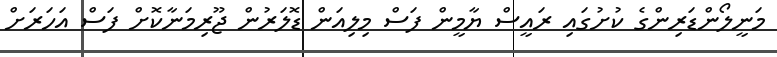
މަނީލޯންޑަރިންގެ ކުށުގައި ރައީސް ޔާމީން ފަސް މިލިއަން ޑޮލަރުން ޖޫރިމަނާކޮށް ފަސް އަހަރަށް